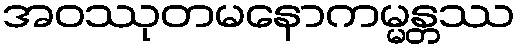
အဝဿုတမနောကမ္မန္တဿ